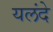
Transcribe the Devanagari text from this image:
यलंदे